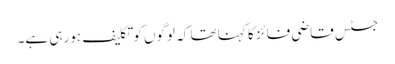
جسٹس قاضی فائز کا کہنا تھا کہ لوگوں کوتکلیف ہورہی ہے۔